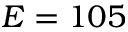
E = 1 0 5